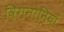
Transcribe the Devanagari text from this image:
विगनोनियाँ